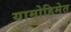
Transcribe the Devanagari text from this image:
यामोहिमेत